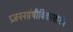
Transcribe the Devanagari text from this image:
प्रजननग्रंथीविकासारंभ